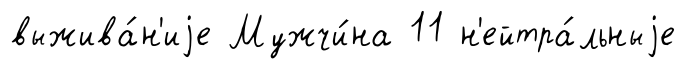
выжива́н'иjе Мужчи́на 11 н'ейтра́льныjе